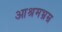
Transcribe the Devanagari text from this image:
आश्रमभ्रम्र